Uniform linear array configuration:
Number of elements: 64
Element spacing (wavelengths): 0.5
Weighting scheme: binomial
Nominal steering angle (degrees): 15
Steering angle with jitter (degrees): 13.828
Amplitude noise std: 0.05
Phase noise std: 0.05

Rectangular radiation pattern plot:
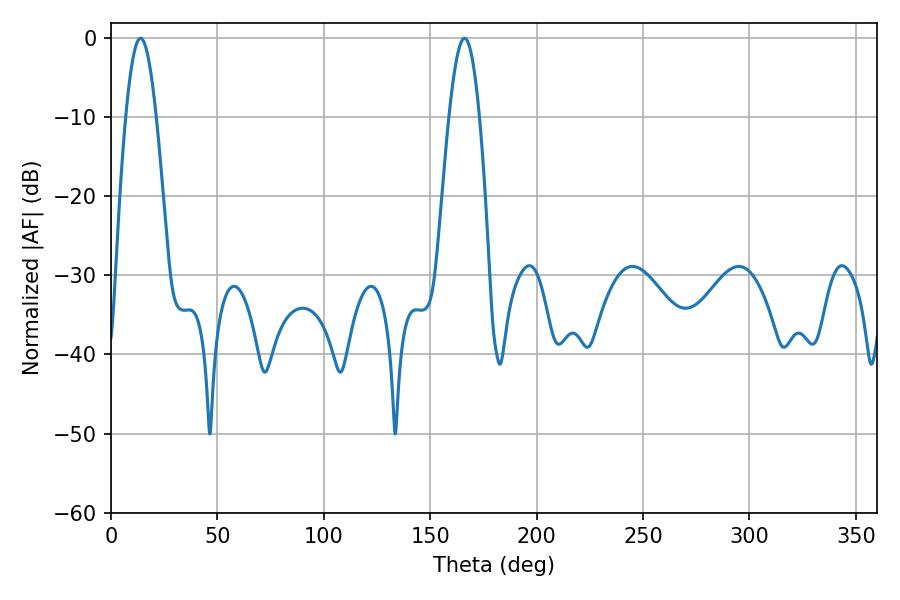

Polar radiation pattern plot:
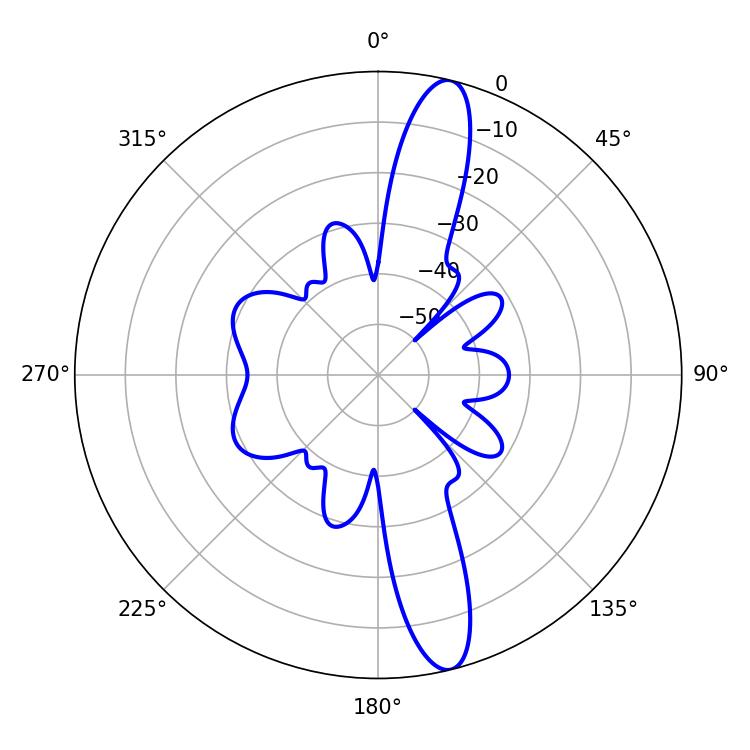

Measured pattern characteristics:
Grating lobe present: FALSE
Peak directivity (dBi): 14.548
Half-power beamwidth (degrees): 7.74
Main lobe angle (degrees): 13.86